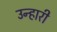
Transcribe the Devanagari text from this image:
उन्हारी